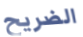
الضريح